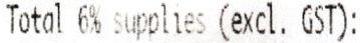
TOTAL 6% SUPPLIES (EXCL. GST):